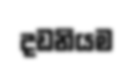
දඩනියම